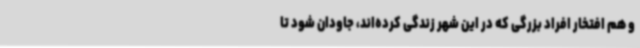
و هم افتخار افراد بزرگی که در این شهر زندگی کرده‌اند، جاودان شود تا